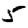
Digit: 5